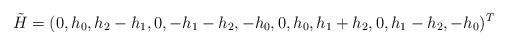
LaTeX: \begin{align*}\tilde{H} = (0,h_{0},h_{2}-h_{1},0,-h_{1}-h_{2},-h_{0},0,h_{0},h_{1}+h_{2},0,h_{1}-h_{2},-h_{0})^{T}\end{align*}